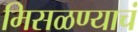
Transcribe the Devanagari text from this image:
मिसळण्याचं